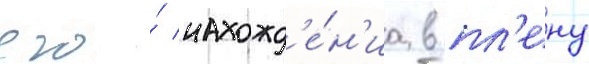
его́ нахожд'е́н'иа в пл'ену